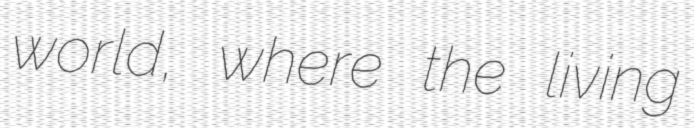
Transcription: world, where the living